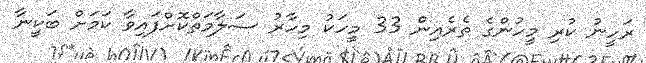
ރަހީނު ކުރި މީހުންގެ ތެރެއިން 33 މީހަކު މިހާރު ސަލާމަތްކޮށްފައިވާ ކަމަށް ބަކީނާ